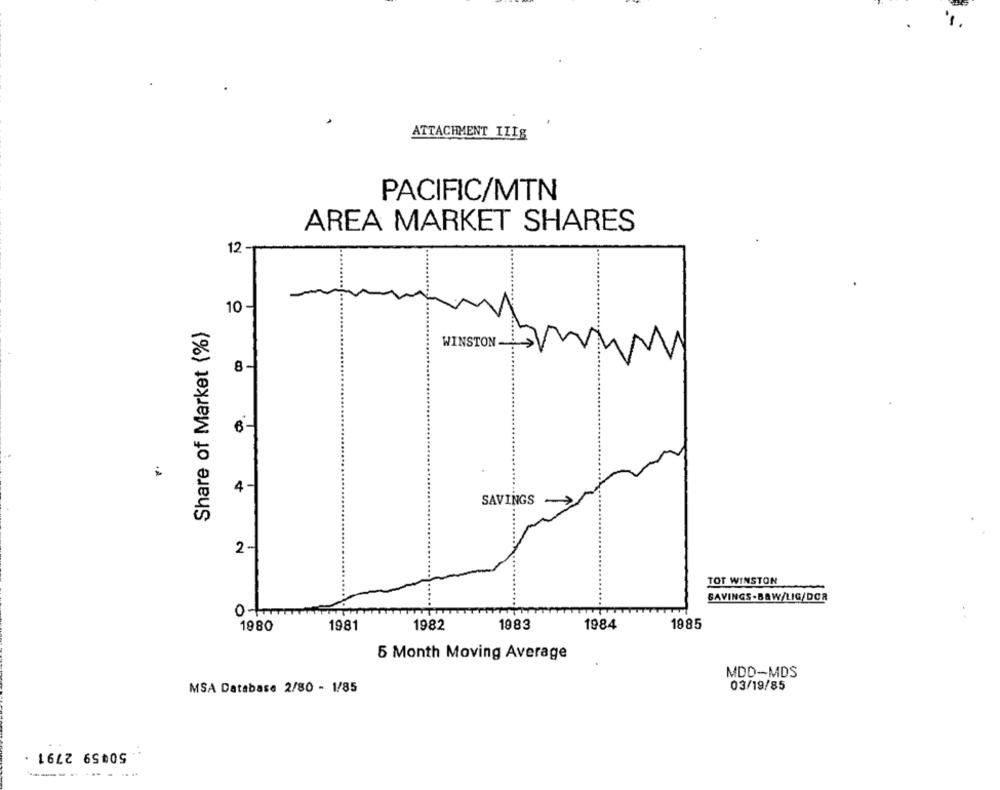
ATTACHMENT IIIg
PACIFIC/MTN
AREA MARKET SHARES
12 -
10 -
Share of Market (%)
WINSTON
8-
B-
.A
4-
SAVINGS
2 -
TOT WINSTON
SAVINGS .BAW/LIG/DOR
01
..
1985
1980
1981
1982
1983
1984
5 Month Moving Average
MDD-MDS
03/19/85
MSA Database 2/80 - 1/85
50459 2791 .
------- ---